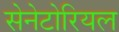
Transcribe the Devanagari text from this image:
सेनेटोरियल